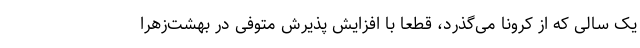
یک سالی که از کرونا می‌گذرد، قطعاً با افزایش پذیرش متوفی در بهشت‌زهرا